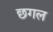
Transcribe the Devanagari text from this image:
छगल